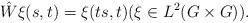
LaTeX: \begin{align*}\hat W \xi(s,t) = \xi(ts,t) (\xi \in L^2(G \times G)).\end{align*}